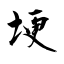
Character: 埂